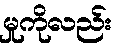
မှုကိုလည်း